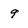
Character: 9